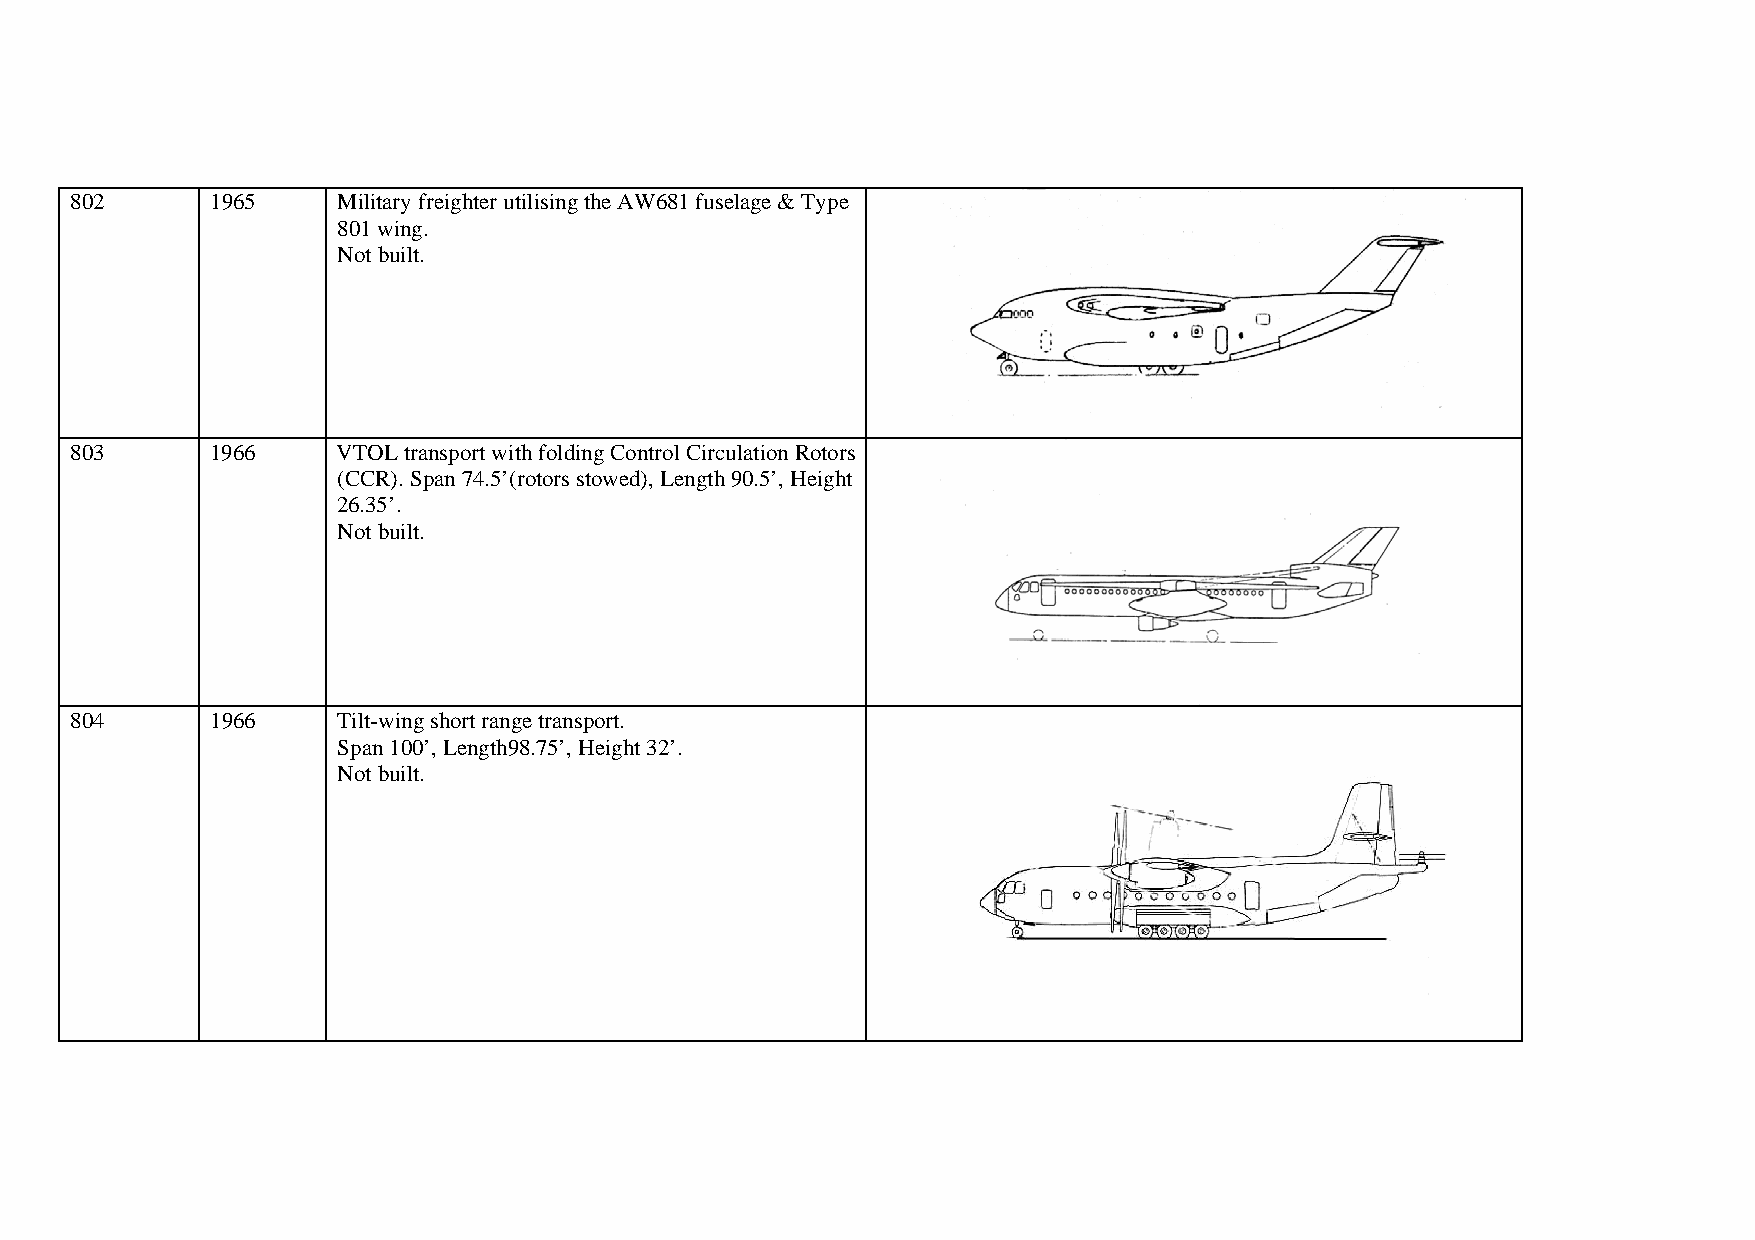
802      1965    Military freighter utilising the AW681 fuselage & Type
 801 wing.
 Not built.
 803      1966    VTOL transport with folding Control Circulation Rotors
 (CCR). Span 74.5’(rotors stowed), Length 90.5’, Height
 26.35’.
 Not built.
 804      1966    Tilt-wing short range transport.
 Span 100’, Length98.75’, Height 32’.
 Not built.